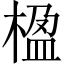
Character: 楹